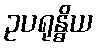
ဥပရုန္ဓိယ